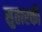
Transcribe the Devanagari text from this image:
सुतारकी